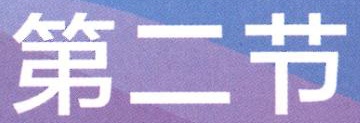
第二节